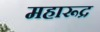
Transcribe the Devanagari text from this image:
महारूद्र